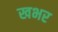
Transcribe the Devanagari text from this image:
खभर